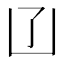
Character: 𠙶